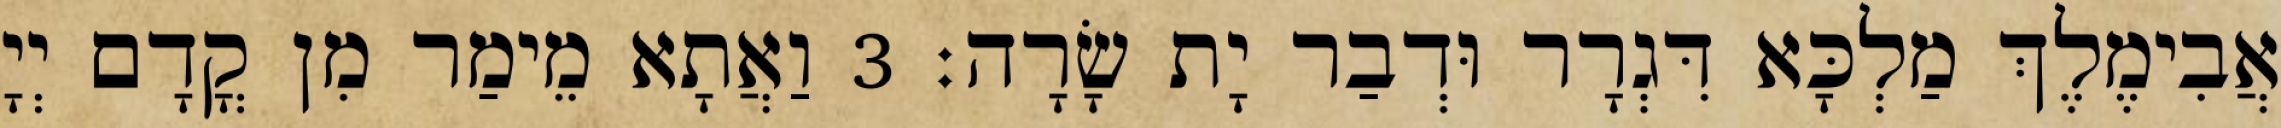
אֲבִימֶלֶךְ מַלְכָּא דִּגְרָר וּדְבַר יָת שָׂרָה׃ 3 וַאֲתָא מֵימַר מִן קֳדָם יְיָ